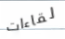
لقاءات